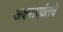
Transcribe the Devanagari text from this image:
अक्षरापर्यंतचे